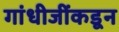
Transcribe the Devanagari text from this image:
गांधीजींकडून